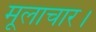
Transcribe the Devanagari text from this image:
मूलाचार।